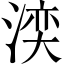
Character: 湙